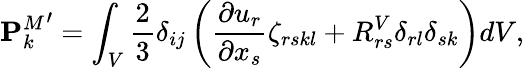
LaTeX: {\mathbf{P}_{k}^{M}}^{\prime}=\int_{V}\frac{2}{3}\delta_{ij}\left(\frac{\partial u_{r}}{\partial x_{s}}\zeta_{rskl}+R_{rs}^{V}\delta_{rl}\delta_{sk}\right)dV,